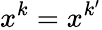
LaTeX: x^{k}=x^{k^{\prime}}